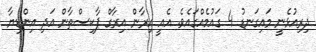
ދިރިއުޅެނީ މައިގަނޑު 4 ގައުމެއްގައެވެ. އެއީ އިރާން އިރާގް ޕާކިސްތާން އަދި އިންޑިޔާ